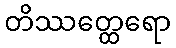
တိဿတ္ထေရော